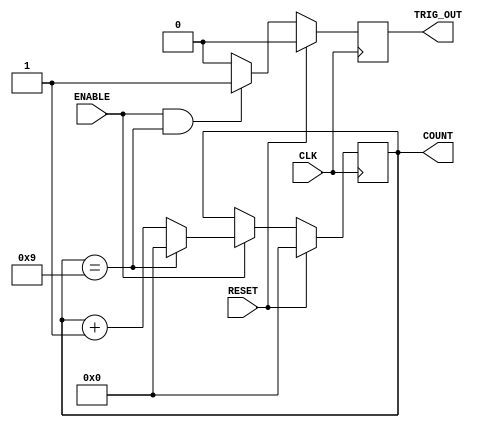
module Generic_counter(
    CLK,
    RESET,
    ENABLE,
    COUNT,
    TRIG_OUT
    );
    
    
    
    parameter COUNTER_WIDTH=4;
    parameter COUNTER_MAX  =9;
    
    input  CLK;
    input  RESET;
    input  ENABLE;
    output TRIG_OUT;
    output [COUNTER_WIDTH-1:0] COUNT;
    
    //Declare registers that hold the current count value and trigger out
    //between clock cycles 
    reg [COUNTER_WIDTH-1:0] count_value;
    reg Trigger_out;
    
    
                      
    //Synchronous logic for value of count_value
    always@(posedge CLK) begin
         if(RESET)
             count_value<=0;
         else begin
             if(ENABLE) begin
                if(count_value==COUNTER_MAX)
                   count_value<=0;
                else
                   count_value<=count_value+1;
             end
         end
    end 
    
    //Synchronous logic for Trigger_out
    always@(posedge CLK) begin
       if(RESET)
           Trigger_out<=0;
       else begin
          if(ENABLE && (count_value==COUNTER_MAX))
              Trigger_out<=1;
          else
              Trigger_out<=0;
       end
    end         
                  
    
    //Assignment that tie the count_Value and Trigger_out to
    //COUNT and TRIG_OUT respectively
    assign COUNT=count_value;
    assign TRIG_OUT=Trigger_out;
             
    
endmodule